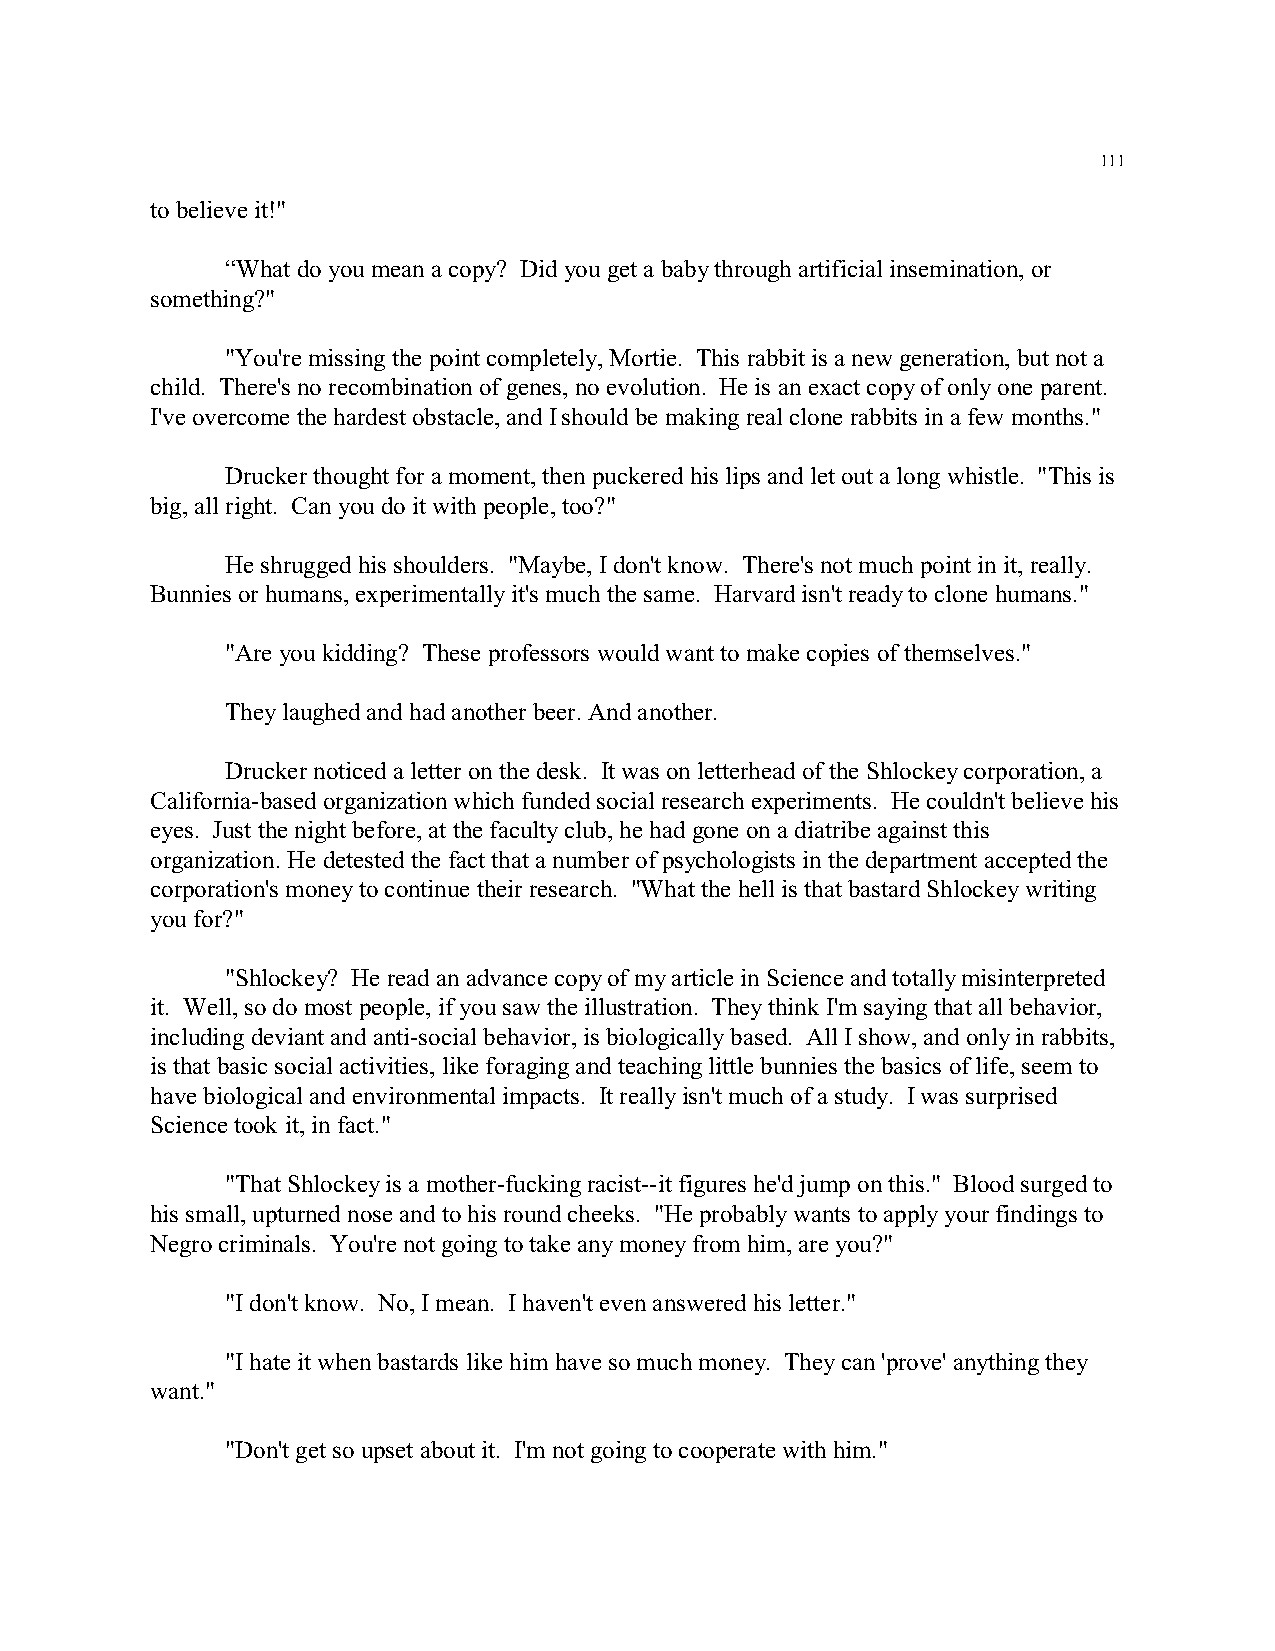
111
 to believe it!"
 “What do you mean a copy? Did you get a baby through artificial insemination, or
 something?"
 "You're missing the point completely, Mortie. This rabbit is a new generation, but not a
 child. There's no recombination of genes, no evolution. He is an exact copy of only one parent.
 I've overcome the hardest obstacle, and I should be making real clone rabbits in a few months."
 Drucker thought for a moment, then puckered his lips and let out a long whistle. "This is
 big, all right. Can you do it with people, too?"
 He shrugged his shoulders. "Maybe, I don't know. There's not much point in it, really.
 Bunnies or humans, experimentally it's much the same. Harvard isn't ready to clone humans."
 "Are you kidding? These professors would want to make copies of themselves."
 They laughed and had another beer. And another.
 Drucker noticed a letter on the desk. It was on letterhead of the Shlockey corporation, a
 California-based organization which funded social research experiments. He couldn't believe his
 eyes. Just the night before, at the faculty club, he had gone on a diatribe against this
 organization. He detested the fact that a number of psychologists in the department accepted the
 corporation's money to continue their research. "What the hell is that bastard Shlockey writing
 you for?"
 "Shlockey? He read an advance copy of my article in Science and totally misinterpreted
 it. Well, so do most people, if you saw the illustration. They think I'm saying that all behavior,
 including deviant and anti-social behavior, is biologically based. All I show, and only in rabbits,
 is that basic social activities, like foraging and teaching little bunnies the basics of life, seem to
 have biological and environmental impacts. It really isn't much of a study. I was surprised
 Science took it, in fact."
 "That Shlockey is a mother-fucking racist--it figures he'd jump on this." Blood surged to
 his small, upturned nose and to his round cheeks. "He probably wants to apply your findings to
 Negro criminals. You're not going to take any money from him, are you?"
 "I don't know. No, I mean. I haven't even answered his letter."
 "I hate it when bastards like him have so much money. They can 'prove' anything they
 want."
 "Don't get so upset about it. I'm not going to cooperate with him."